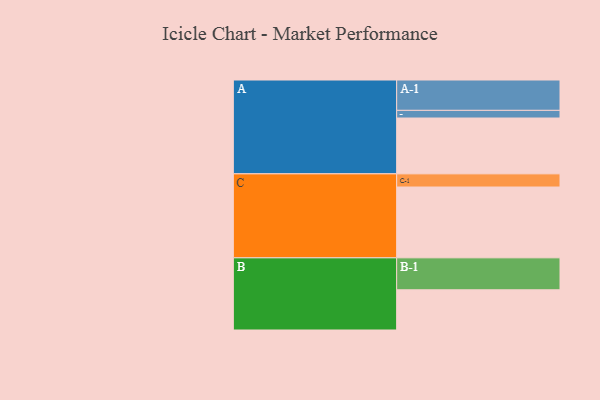
{"axis": {"x": "Segment", "y": "Value"}, "legend": ["", "A", "B", "C"], "data": [{"x": "A", "y": 458, "type": ""}, {"x": "B", "y": 330, "type": ""}, {"x": "C", "y": 581, "type": ""}, {"x": "A-1", "y": 249, "type": "A"}, {"x": "A-2", "y": 63, "type": "A"}, {"x": "B-1", "y": 262, "type": "B"}, {"x": "C-1", "y": 108, "type": "C"}]}